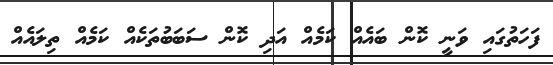
ފަހަތުގައި ވަނީ ކޮން ބައެއް ކަމެއް އަދި ކޮން ސަބަބުތަކެއް ކަމެއް ތިލައެއް